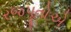
રજપૂતોએ